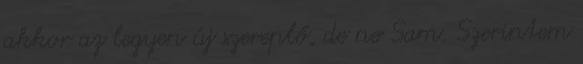
akkor az legyen új szereplő, de ne Sam. Szerintem